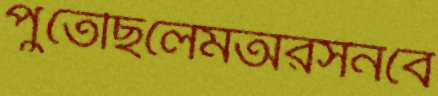
পুঁতেছিলেমঅরসনবে